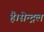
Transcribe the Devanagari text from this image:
है।सेन्ट्रल